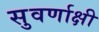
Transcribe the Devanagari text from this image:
सुवर्णाक्षी